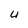
Character: 4